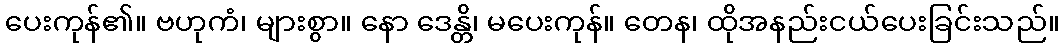
ပေးကုန်၏။ ဗဟုကံ၊ များစွာ။ နော ဒေန္တိ၊ မပေးကုန်။ တေန၊ ထိုအနည်းငယ်ပေးခြင်းသည်။